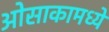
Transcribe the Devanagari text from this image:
ओसाकामध्ये